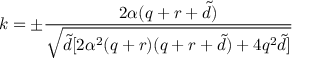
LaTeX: k = \pm \frac { 2 \alpha ( q + r + { \tilde { d } } ) } { \sqrt { { \tilde { d } } [ 2 \alpha ^ { 2 } ( q + r ) ( q + r + { \tilde { d } } ) + 4 q ^ { 2 } { \tilde { d } } ] } }